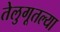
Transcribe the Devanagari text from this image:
तेलुगूतल्या